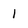
Character: I